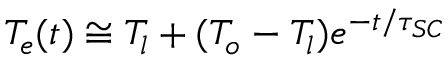
T _ { e } ( t ) \cong T _ { l } + ( T _ { o } - T _ { l } ) e ^ { - t / \tau _ { S C } }